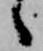
ゝ